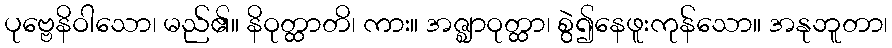
ပုဗ္ဗေနိဝါသော၊ မည်၏။ နိဝုတ္ထာတိ၊ ကား။ အဇ္ဈာဝုတ္ထာ၊ စွဲ၍နေဖူးကုန်သော။ အနုဘူတာ၊